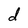
Character: d